65_HS1-834228961_62-HQ-83894_Serial_130
Agency: FBI
Page 57
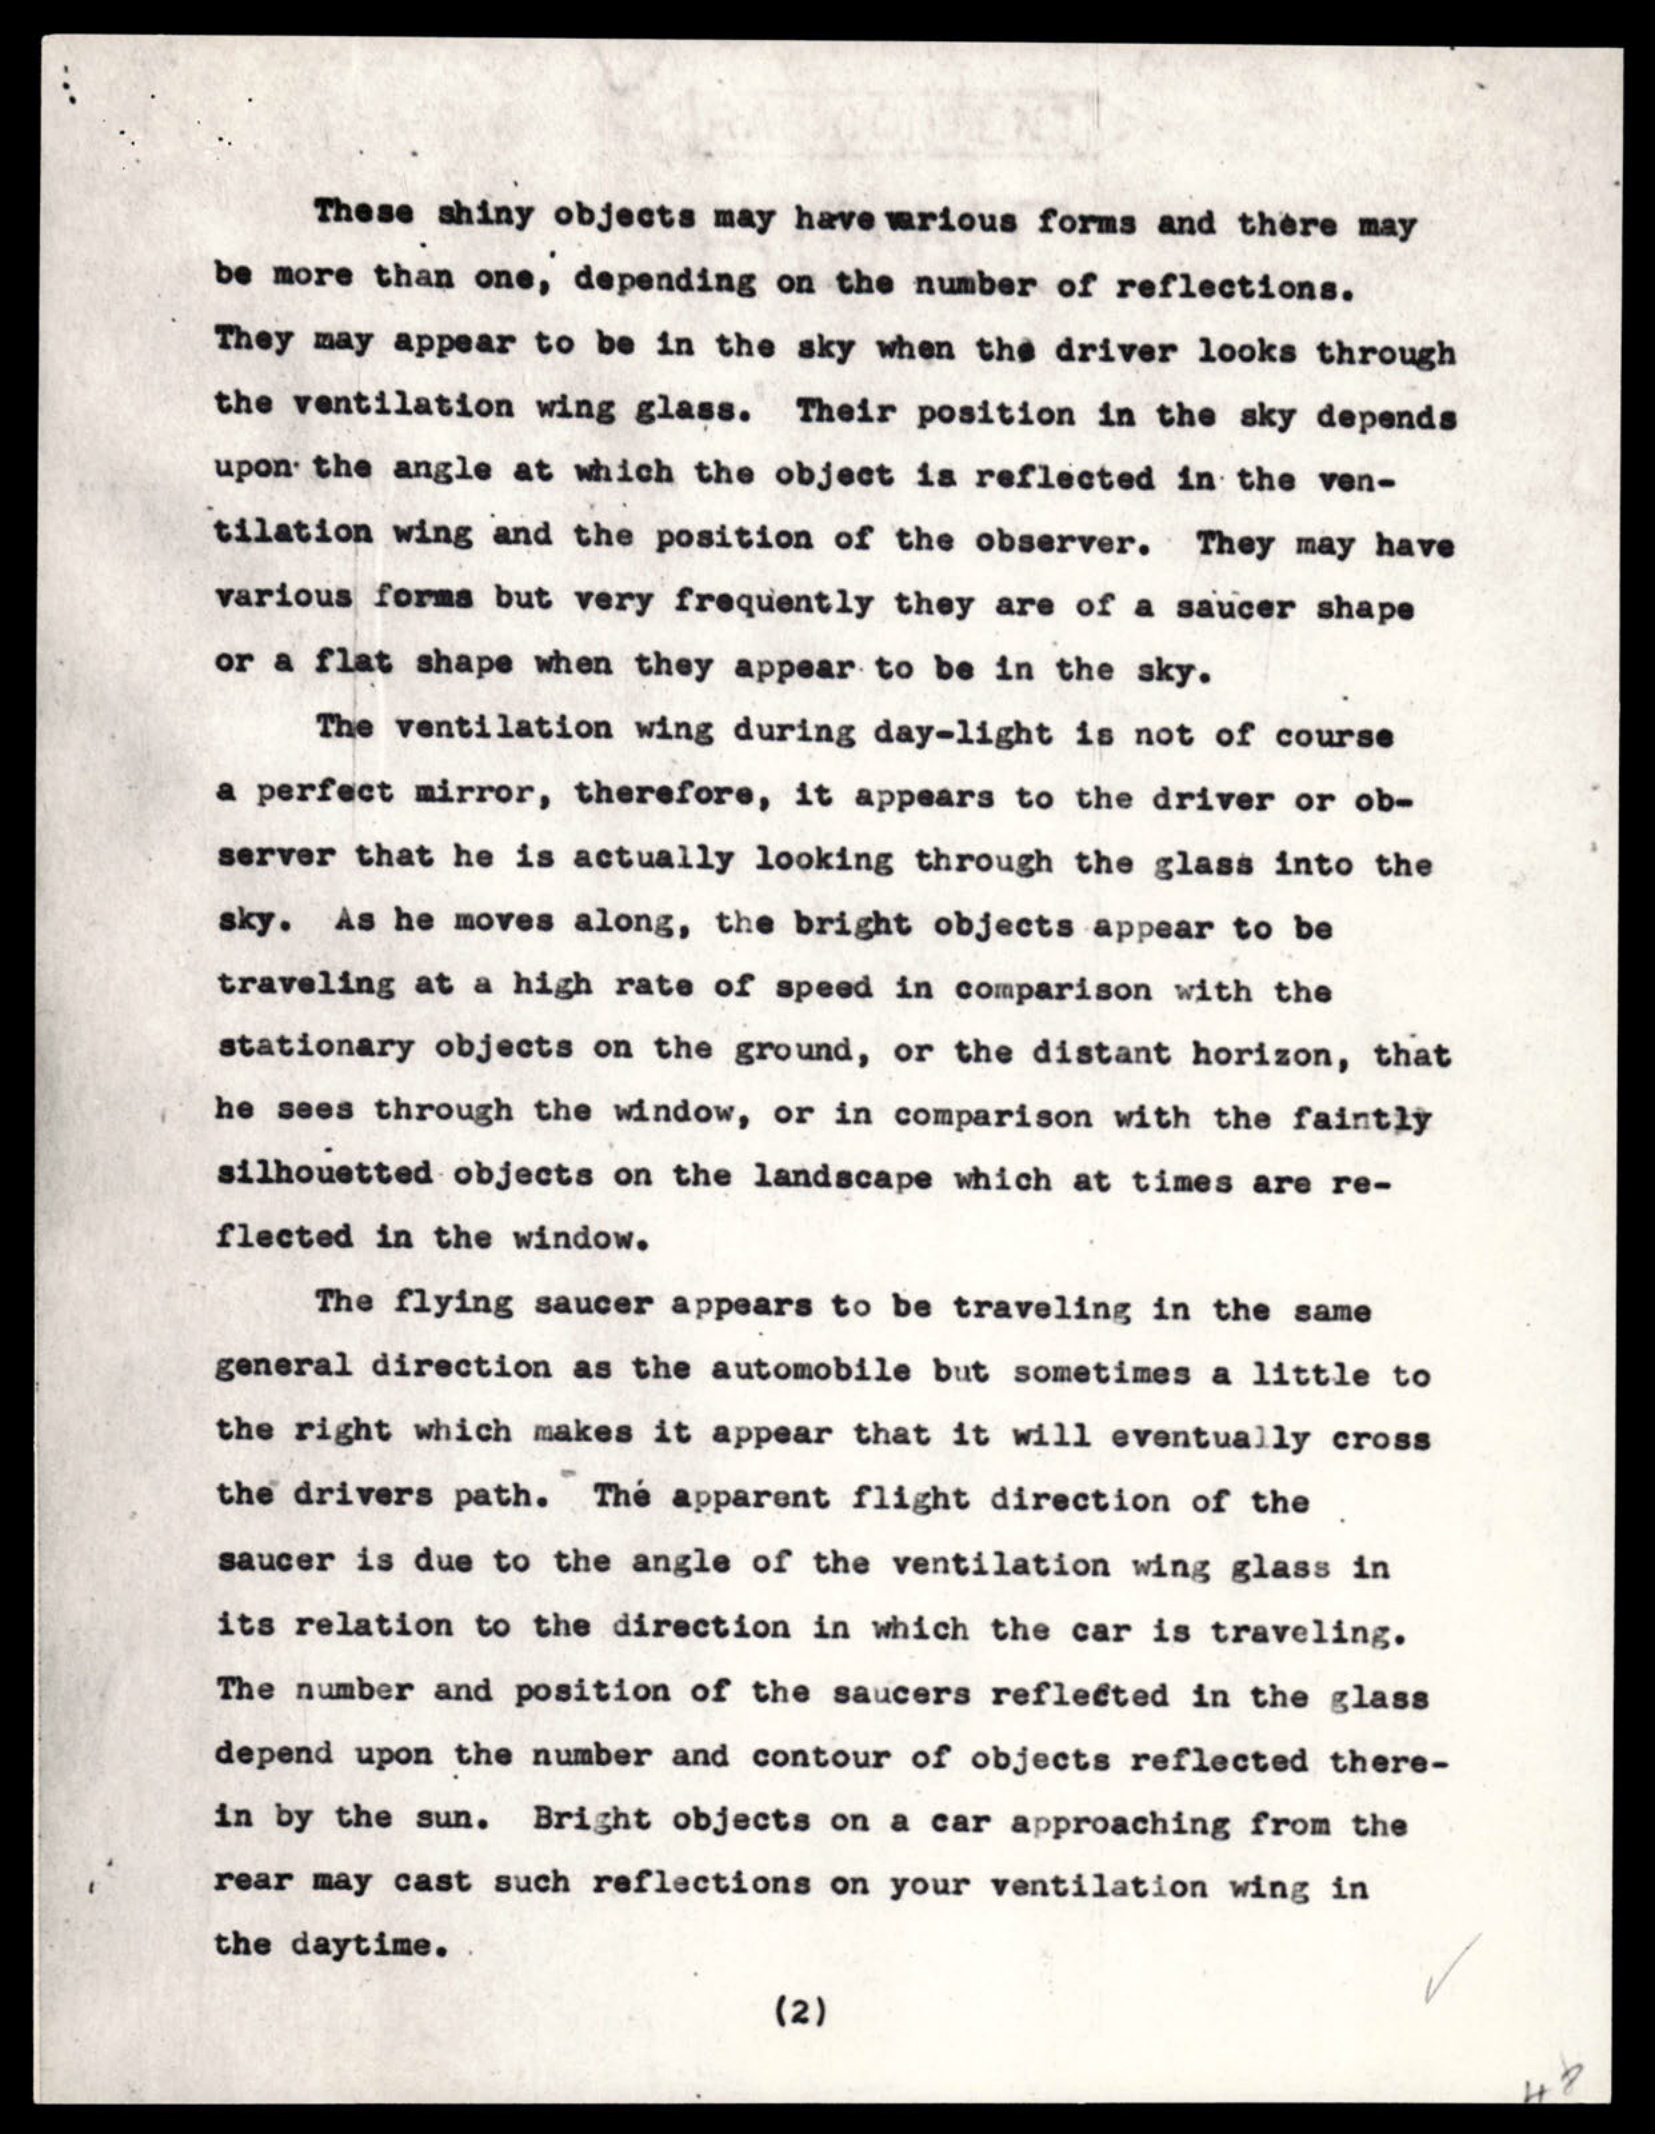